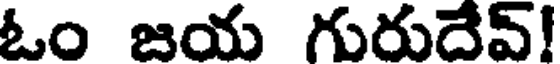
ఓం జయ గురుదేవ్!